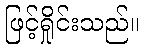
ဖြင့်ရှိုင်းသည်။